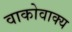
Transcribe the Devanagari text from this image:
वाकोवाक्य